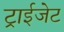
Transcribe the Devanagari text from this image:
ट्राईजेट